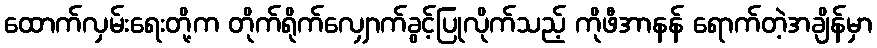
ထောက်လှမ်းရေးတို့က တိုက်ရိုက်လျှောက်ခွင့်ပြုလိုက်သည့် ကိုဖီအာနန် ရောက်တဲ့အချိန်မှာ